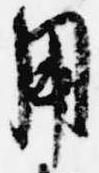
用